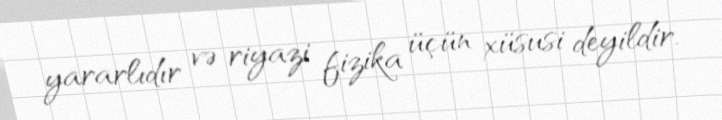
yararlıdır və riyazi fizika üçün xüsusi deyildir.